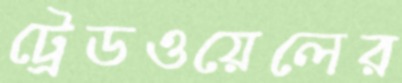
ট্রেডওয়েলের